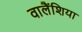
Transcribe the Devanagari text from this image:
वालैंशिया